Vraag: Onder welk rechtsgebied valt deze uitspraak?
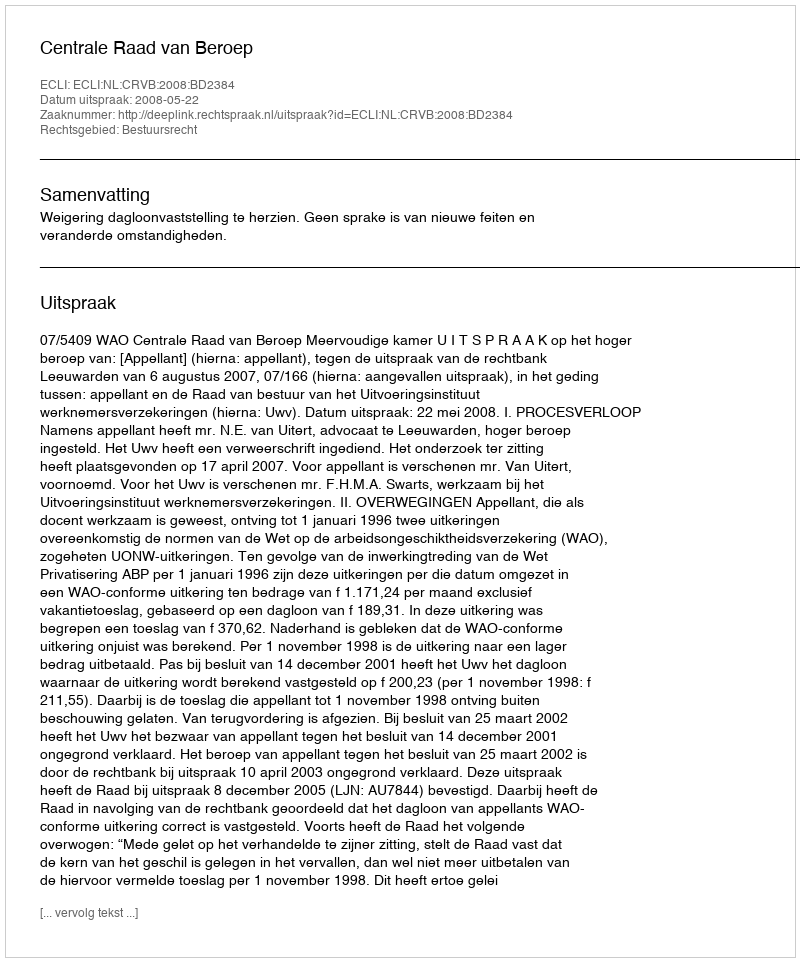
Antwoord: Bestuursrecht